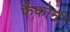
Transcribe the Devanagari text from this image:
फैंकोनी